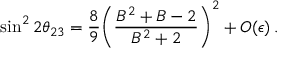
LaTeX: \sin ^ { 2 } 2 \theta _ { 2 3 } = \frac { 8 } { 9 } { \left( \frac { B ^ { 2 } + B - 2 } { B ^ { 2 } + 2 } \right) } ^ { 2 } + O ( \epsilon ) \, .